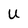
Character: U